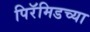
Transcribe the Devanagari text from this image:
पिरॅमिडच्या